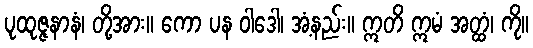
ပုထုဇ္ဇနာနံ၊ တို့အား။ ကော ပန ဝါဒေါ၊ အံ့နည်း။ ဣတိ ဣမံ အတ္ထံ၊ ကို။